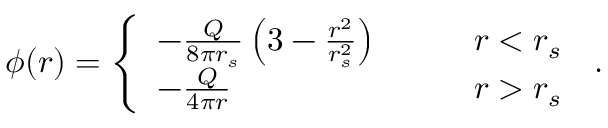
\phi ( r ) = \left\{ \begin{array} { l l } { - \frac Q { 8 \pi r _ { s } } \left( 3 - \frac { r ^ { 2 } } { r _ { s } ^ { 2 } } \right) \qquad } & { r < r _ { s } } \\ { - \frac Q { 4 \pi r } } & { r > r _ { s } } \end{array} \right. \, .